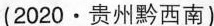
(2020·贵州黔西南)